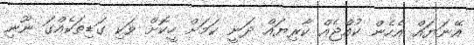
އޭނަޔައް އެހެން ކުއްޖެއް ކާރިޔައް ދަނީ ކަމަށް ހީކޮށް ވަކި ގަޑިތަކެއްގަ ނޫނި